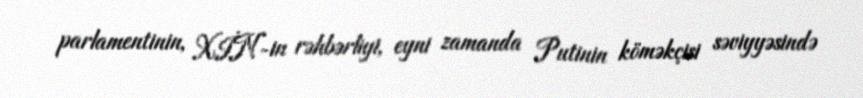
parlamentinin, XİN-in rəhbərliyi, eyni zamanda Putinin köməkçisi səviyyəsində